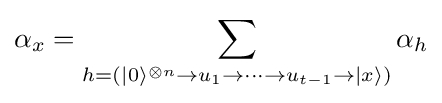
\alpha _{x}=\sum _{h=(|0\rangle ^{\otimes n}\rightarrow u_{1}\rightarrow \cdots \rightarrow u_{t-1}\rightarrow |x\rangle )}\alpha _{h}